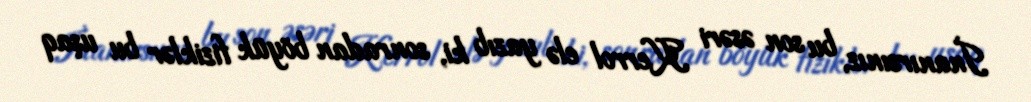
İnanırsınız, bu son əsəri Kerrol elə yazıb ki, sonradan böyük fiziklər bu uşaq